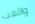
والعب